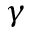
\gamma